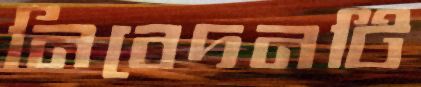
নিবেদনটি